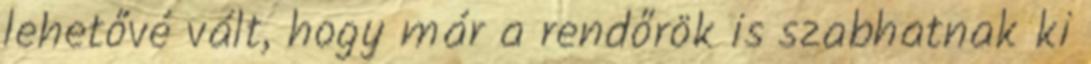
lehetővé vált, hogy már a rendőrök is szabhatnak ki